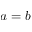
a = b